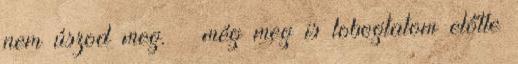
nem úszod meg. – még meg is lobogtatom előtte